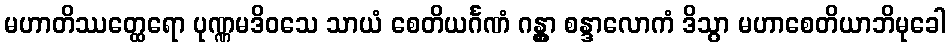
မဟာတိဿတ္ထေရော ပုဏ္ဏမဒိဝသေ သာယံ စေတိယင်္ဂဏံ ဂန္တွာ စန္ဒာလောကံ ဒိသွာ မဟာစေတိယာဘိမုခေါ